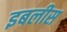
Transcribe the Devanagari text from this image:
इबलीस